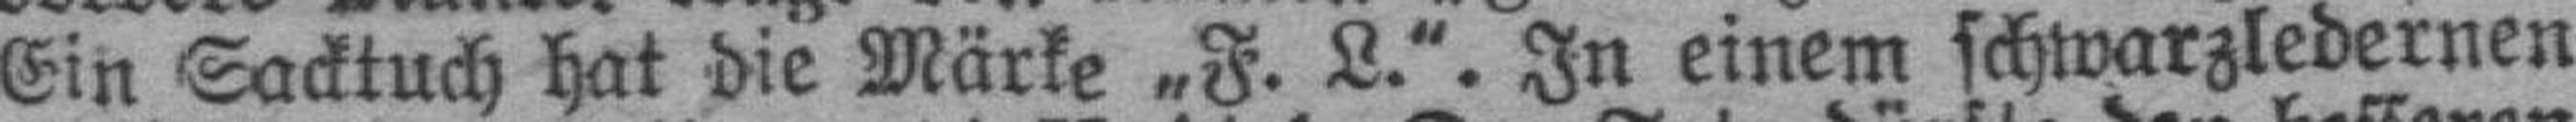
Ein Sacktuch hat die Märke „F. L.“. In einem schwarzledernen